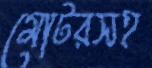
মোটরসহ